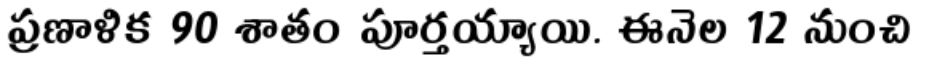
ప్రణాళిక 90 శాతం పూర్తయ్యాయి. ఈనెల 12 నుంచి